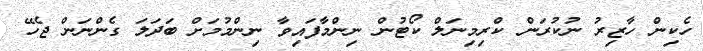
ހެކިން ހާޒިރު ނުކުރަން ކްރިމިނަލް ކޯޓުން ނިންމާފައިވާ ނިންމުމަށް ބަދަލަ ގެންނަން ޖެހޭ